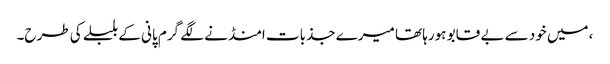
،میں خود سے بے قابو ہورہا تھا میرے جذبات امنڈنے لگے گرم پانی کے بلبلے کی طرح۔